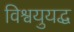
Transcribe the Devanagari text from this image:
विश्वयुयद्ध